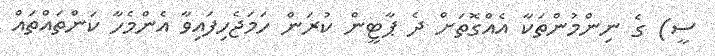
ސީ) ގެ ނިންމުންތަކާ އެއްގޮތަށް ދެ ޕާޓީން ކުރަން ހަމަޖެހިފައިވާ އެންމެހާ ކަންތައްތައް